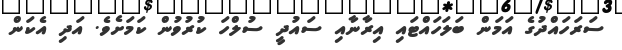
ސަރަހައްދުގެ އަމަން ބަލަހައްޓައި އިރާނާއި ސައުދީ ސުލްހަ ކުރުވުން ކަމަށެވެ. އަދި އެކަން